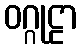
ဝဂ္ဂုဠာ